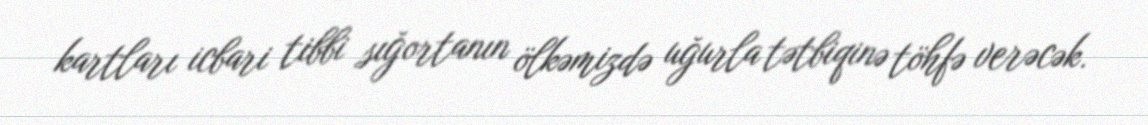
kartları icbari tibbi sığortanın ölkəmizdə uğurla tətbiqinə töhfə verəcək.